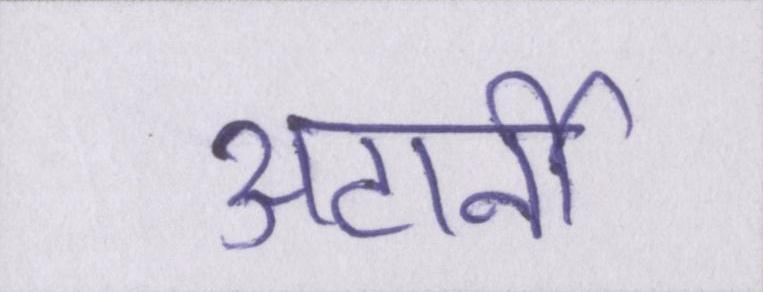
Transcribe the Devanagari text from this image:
अटार्नी